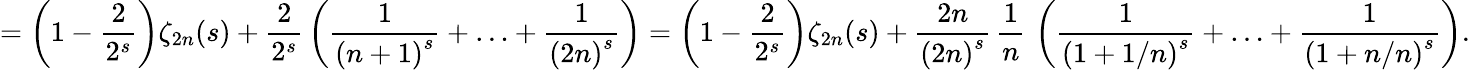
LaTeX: =\left(1-{\frac{2}{2^{s}}}\right)\zeta_{2n}(s)+{\frac{2}{2^{s}}}\left({\frac{1}{{(n+1)}^{s}}}+\ldots+{\frac{1}{{(2n)}^{s}}}\right)=\left(1-{\frac{2}{2^{s}}}\right)\zeta_{2n}(s)+{\frac{2n}{{(2n)}^{s}}}\, {\frac{1}{n}}\, \left({\frac{1}{{(1+1/n)}^{s}}}+\ldots+{\frac{1}{{(1+n/n)}^{s}}}\right).